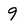
Character: 9